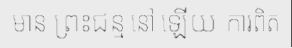
មាន ព្រះជន្ម នៅ ឡើយ ការពិត